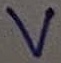
Text: V